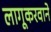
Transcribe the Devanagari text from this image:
लागूकरवाने